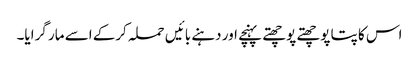
اس کا پتا پوچھتے پوچھتے پہنچے اور دہنے بائیں حملہ کرکے اسے مار گرایا۔